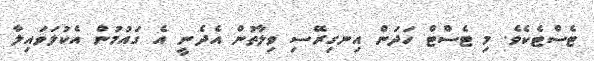
ޓެސްޓެކެވެ. މި ޓެސްޓް ހަދަން އިނގިރޭސި ވިލާތުން އެދެނީ އެ ގައުމުން އެކުލަވައިލާ